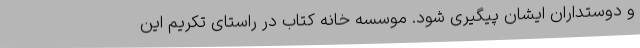
و دوستداران ایشان پیگیری شود. موسسه خانه کتاب در راستای تکریم این